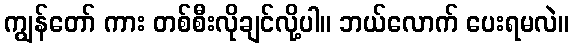
ကျွန်တော် ကား တစ်စီးလိုချင်လို့ပါ။ ဘယ်လောက် ပေးရမလဲ။